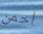
أخمن